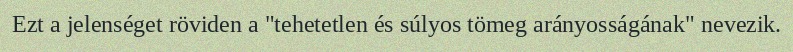
Ezt a jelenséget röviden a "tehetetlen és súlyos tömeg arányosságának" nevezik.